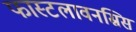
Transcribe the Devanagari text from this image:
फास्टलावनस्रिस